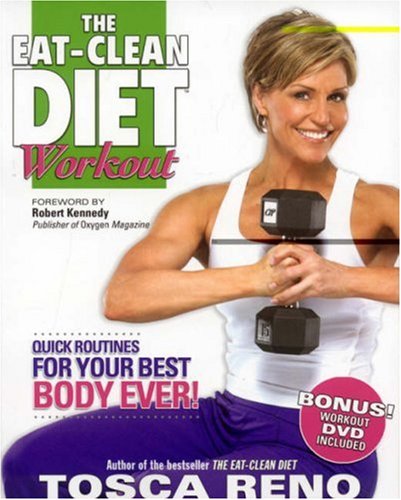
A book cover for The Eat-Clean Diet Workout: Quick Routines for Your Best Body Ever (with DVD); Tosca Reno; Health, Fitness & Dieting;